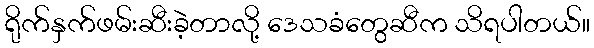
ရိုက်နှက်ဖမ်းဆီးခဲ့တာလို့ ဒေသခံတွေဆီက သိရပါတယ်။